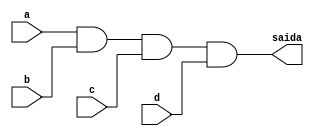
// Nome: Isabella Gonales
// Matrcula: 420120

module metodoprovaj ( saida,a,b,c,d );

output saida;
input a,b,c,d;

and AND1 (saida,a,b,c,d);

endmodule
 
module testprova1;
reg a,b,c,d;
wire saida;

metodoprovaj PROVAJ ( saida,a,b,c,d );

initial begin:start
        a=0; b=0; c=0; d=0;
end

initial begin: main
#1 $display (" Circuito da questao j da prova ");
#1 $display (" a |  b |  c |  d  =  saida ");
  $monitor (" %b  | %b  | %b |  %b  =   %b ",a,b,c,d,saida);
           #1 a=0;    b=0;   c=0;   d=1;
			  #1 a=0;    b=0;   c=1;   d=0;
			  #1 a=0;    b=0;   c=1;   d=1;
			  #1 a=0;    b=1;   c=0;   d=0;
			  #1 a=0;    b=1;   c=0;   d=1;
			  #1 a=0;    b=1;   c=1;   d=0;
			  #1 a=0;    b=1;   c=1;   d=1;
			  #1 a=1;    b=0;   c=0;   d=0;
			  #1 a=1;    b=0;   c=0;   d=1;
			  #1 a=1;    b=0;   c=1;   d=0;
			  #1 a=1;    b=0;   c=1;   d=1;
			  #1 a=1;    b=1;   c=0;   d=0;
			  #1 a=1;    b=1;   c=0;   d=1;
			  #1 a=1;    b=1;   c=1;   d=0;
			  #1 a=1;    b=1;   c=1;   d=1;
			  
			  
			  
end
endmodule

/* registrando os resultados
     
     Circuito da questao j da prova 
     a |  b |  c |  d  =  saida 
     0  | 0  | 0 |  0  =   0 
     0  | 0  | 0 |  1  =   0 
     0  | 0  | 1 |  0  =   0 
     0  | 0  | 1 |  1  =   0 
     0  | 1  | 0 |  0  =   0 
     0  | 1  | 0 |  1  =   0 
     0  | 1  | 1 |  0  =   0 
     0  | 1  | 1 |  1  =   0 
     1  | 0  | 0 |  0  =   0 
     1  | 0  | 0 |  1  =   0 
     1  | 0  | 1 |  0  =   0 
     1  | 0  | 1 |  1  =   0 
     1  | 1  | 0 |  0  =   0 
     1  | 1  | 0 |  1  =   0 
     1  | 1  | 1 |  0  =   0 
     1  | 1  | 1 |  1  =   1 
    
     ----jGRASP: operation complete.
                
                
 */